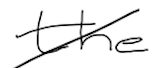
Text: the
Cross-out: diagonal
Writing tool: digital_black